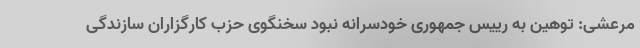
مرعشی: توهین به رییس جمهوری خودسرانه نبود سخنگوی حزب کارگزاران سازندگی